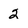
Character: 2